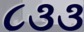
૮૩૩